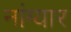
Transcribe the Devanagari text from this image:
नांग्यार